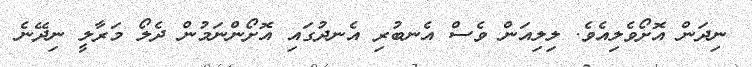
ނިދަން އޮށޯވެލިއެވެ. ލިލިއަން ވެސް އެނބުރި އެނދުގައި އޮށޯންނަމުން ދެލޯ މަރާލީ ނިދޭނެ